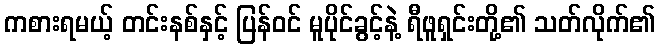
ကစားရမယ့် တင်းနစ်နှင့် ပြန်ဝင် မူပိုင်ခွင့်နဲ့ ရီဖူရှင်းတို့၏ သတ်လိုက်၏